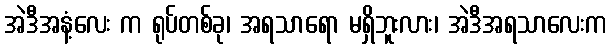
အဲဒီအနံ့လေး က ရုပ်တစ်ခု၊ အရသာရော မရှိဘူးလား၊ အဲဒီအရသာလေးက